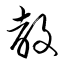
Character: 敎